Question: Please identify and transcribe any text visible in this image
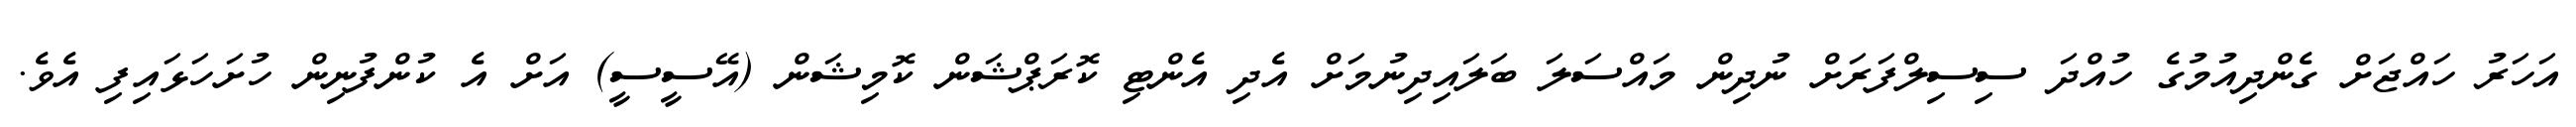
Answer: އަހަރު ހައްޖަށް ގެންދިއުމުގެ ހުއްދަ ސިސިލްފަރަށް ނުދިން މައްސަލަ ބަލައިދިނުމަށް އެދި އެންޓި ކޮރަޕްޝަން ކޮމިޝަން (އޭސީސީ) އަށް އެ ކުންފުނިން ހުށަހަޅައިފި އެވެ.